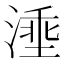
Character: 𣺡